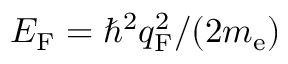
E _ { \mathrm { F } } = \hbar ^ { 2 } q _ { \mathrm { F } } ^ { 2 } / ( 2 m _ { \mathrm { e } } )